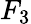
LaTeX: F_{3}